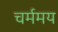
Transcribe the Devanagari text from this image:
चर्ममय